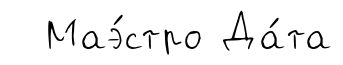
Маэ́стро Да́та